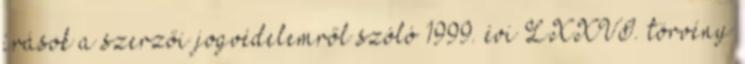
írások a szerzői jogvédelemről szóló 1999. évi LXXVI. törvény